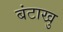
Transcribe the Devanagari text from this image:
बंटाखु